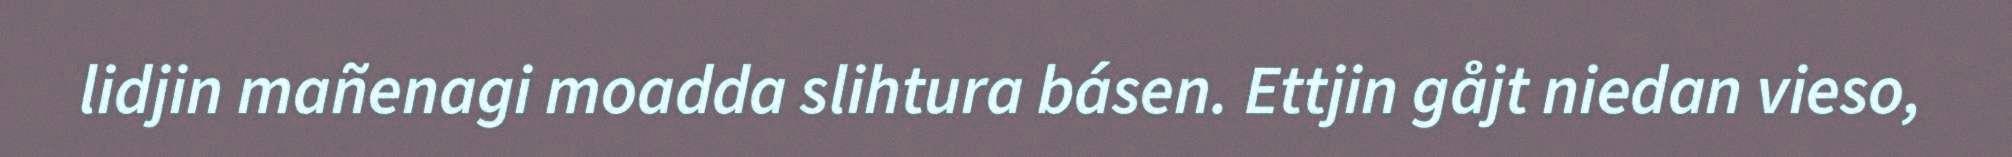
lidjin mañenagi moadda slihtura básen. Ettjin gåjt niedan vieso,